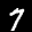
Label: 7